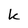
Character: k